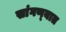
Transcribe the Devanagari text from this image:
सांगण्‍यात